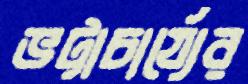
ভট্টাচার্য্যের